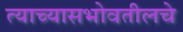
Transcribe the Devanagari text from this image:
त्याच्यासभोवतीलचे